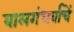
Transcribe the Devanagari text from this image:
बालगंधर्वाचें